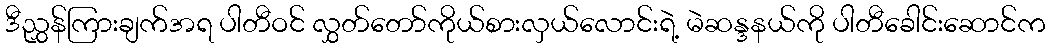
ဒီညွှန်ကြားချက်အရ ပါတီဝင် လွှတ်တော်ကိုယ်စားလှယ်လောင်းရဲ့ မဲဆန္ဒနယ်ကို ပါတီခေါင်းဆောင်က